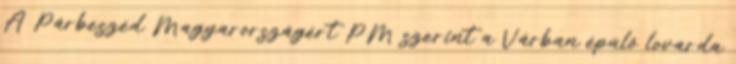
A Párbeszéd Magyarországért PM szerint a Várban épülő lovarda